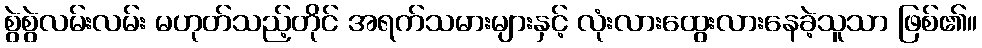
စွဲစွဲလမ်းလမ်း မဟုတ်သည့်တိုင် အရက်သမားများနှင့် လုံးလားထွေးလားနေခဲ့သူသာ ဖြစ်၏။